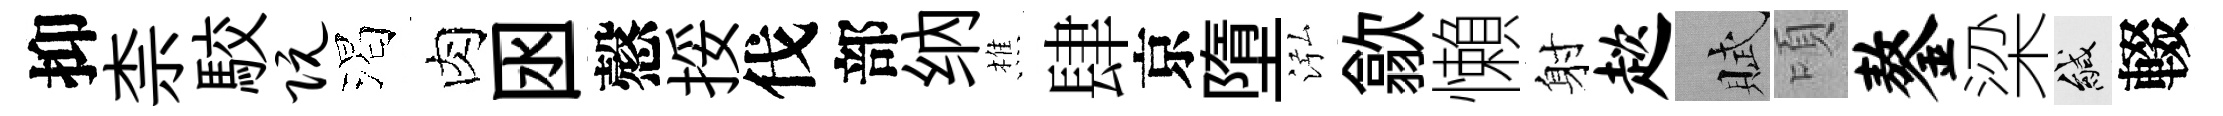
抑柰駮阮渴肉囦慤挼伐部纳樵肆京墮泓歙懶射趑賦頃鏊梁緘輟